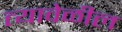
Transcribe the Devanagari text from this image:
त्यावेळील